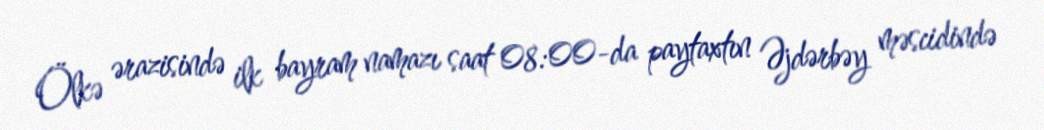
Ölkə ərazisində ilk bayram namazı saat 08:00-da paytaxtın Əjdərbəy məscidində